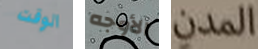
الوقت الأوجه المدن